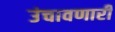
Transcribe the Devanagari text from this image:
उंचावणारी